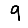
Digit: 9